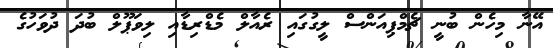
އޭނާ މިހެން ބުނީ ޗެމްޕިއަންސް ލީގުގައި ރެއާލް މެޑްރިޑާއި ލިވަޕޫލް ބުދަ ދުވަހުގެ